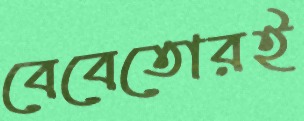
বেবেতোরই